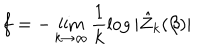
f = - \lim _ { k \rightarrow \infty } \frac { 1 } { k } \log | \hat { Z } _ { k } ( \beta ) |